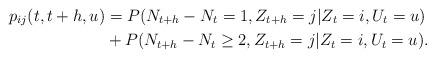
LaTeX: \begin{align*} p_{ij}(t,t+h,u) &=P(N_{t+h} - N_t = 1, Z_{t+h} = j | Z_t = i,U_t = u)\\ &+P(N_{t+h} - N_t \ge 2, Z_{t+h} = j | Z_t = i,U_t = u).\end{align*}